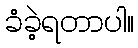
ခံခဲ့ရတာပါ။